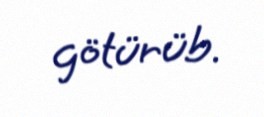
götürüb.